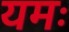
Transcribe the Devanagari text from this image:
यमः